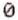
0